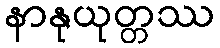
နာနုယုတ္တဿ